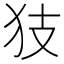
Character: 𱭴